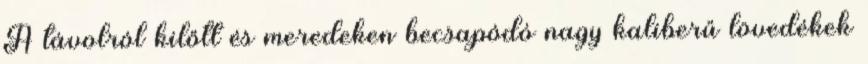
A távolról kilőtt és meredeken becsapódó nagy kaliberű lövedékek